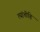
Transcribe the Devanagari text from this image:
त्यांचीहि